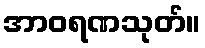
အာဝရဏသုတ်။